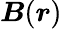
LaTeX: {\boldsymbol{B}}({\boldsymbol{r}})